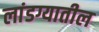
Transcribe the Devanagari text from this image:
लांडग्यातील